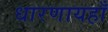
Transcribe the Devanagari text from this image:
धारणायहाँ